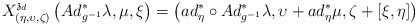
\begin{align*}X_{\left( \eta ,\upsilon ,\zeta \right) }^{\mathfrak{z}_{d}}\left(Ad_{g^{-1}}^{\ast }\lambda ,\mu ,\xi \right) =\left( ad_{\eta}^{\ast }\circ Ad_{g^{-1}}^{\ast }\lambda ,\upsilon +ad_{\eta}^{\ast }\mu ,\zeta +\left[ \xi ,\eta \right] \right) \end{align*}